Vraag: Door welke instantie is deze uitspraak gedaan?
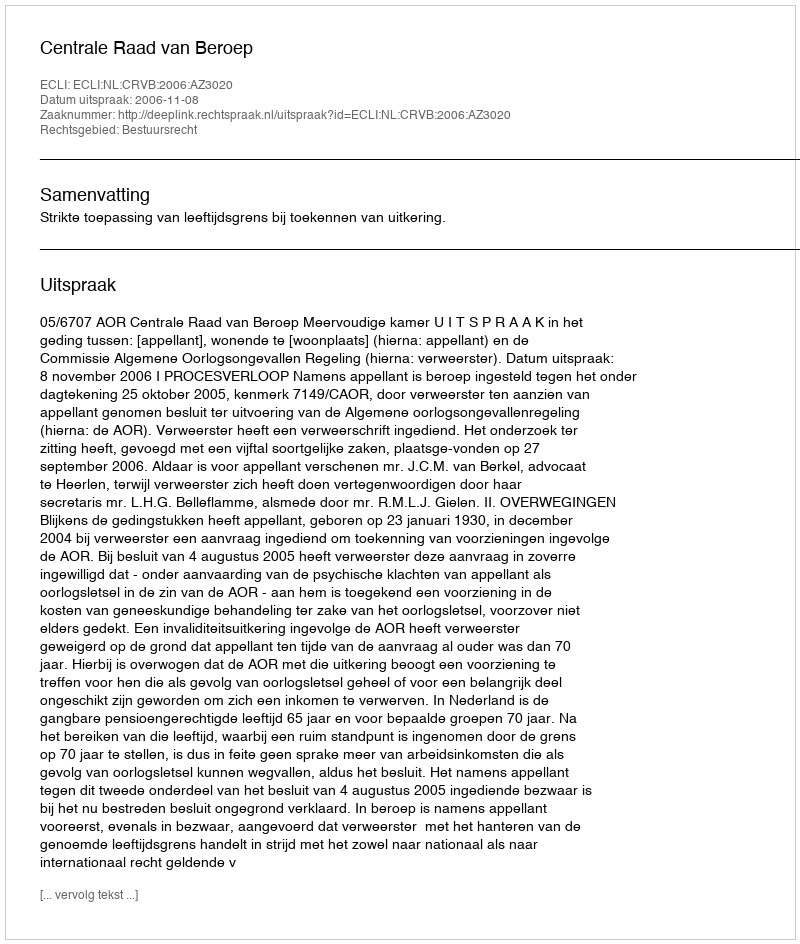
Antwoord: Centrale Raad van Beroep